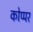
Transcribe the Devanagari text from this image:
कोप्पर